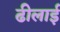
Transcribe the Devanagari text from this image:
ढीलाई